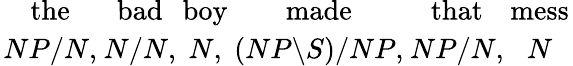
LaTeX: {{\mathrm{the}}\atop{NP/N,}}{{\mathrm{bad}}\atop{N/N,}}{{\mathrm{boy}}\atop{N,}}{{\mathrm{made}}\atop{(NP\backslash S)/NP,}}{{\mathrm{that}}\atop{NP/N,}}{{\mathrm{mess}}\atop{N}}